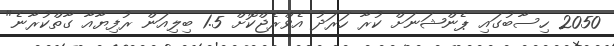
2050 ހިސާބުގައި ޕެންޝަނަށް ކުރާ ހަރަދު އެވްރެޖްކޮށް 1.5 ބިލިއަން ރުފިޔާއާ ގާތްކުރާނެ"